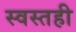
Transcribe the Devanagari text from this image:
स्वस्तही